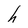
Character: h